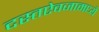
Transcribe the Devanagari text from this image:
दस्तऐवजामध्ये